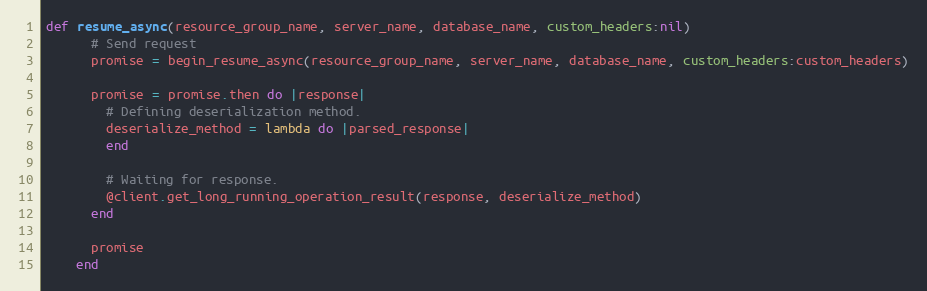
Language: Ruby
def resume_async(resource_group_name, server_name, database_name, custom_headers:nil)
      # Send request
      promise = begin_resume_async(resource_group_name, server_name, database_name, custom_headers:custom_headers)

      promise = promise.then do |response|
        # Defining deserialization method.
        deserialize_method = lambda do |parsed_response|
        end

        # Waiting for response.
        @client.get_long_running_operation_result(response, deserialize_method)
      end

      promise
    end